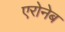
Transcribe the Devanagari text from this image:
एरोनेब